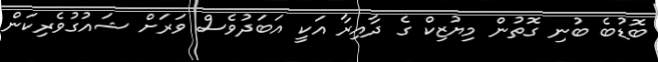
ބޮޑުބެ ބުނި ގޮތުން މިޔުޒިކް ގެ ދާއިރާ އަކީ އަބަދުވެސް ވަރަށް ޝައުގުވެރިކަން